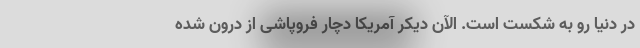
در دنیا رو به شکست است. الآن دیکر آمریکا دچار فروپاشی از درون شده